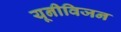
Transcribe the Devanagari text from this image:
यूनीविजन